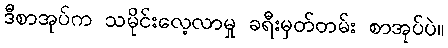
ဒီစာအုပ်က သမိုင်းလေ့လာမှု ခရီးမှတ်တမ်း စာအုပ်ပဲ။